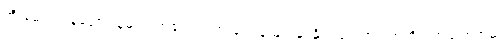
အီးမေးလ်ဝန်ဆောင်မှုများ၊ အခမဲ့ဝက်ဘ်လုပ်ငန်းများနှင့်နိုင်ငံရေးအရ အတိုက်အခံ ဘက်မှ